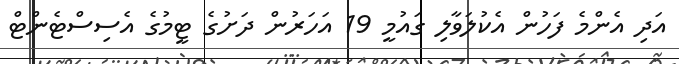
އަދި އެންމެ ފަހުން އެކުލަވާލި ގައުމީ 19 އަހަރުން ދަށުގެ ޓީމުގެ އެސިސްޓެންޓް